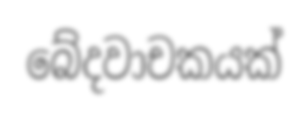
බේදවාචකයක්